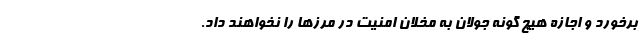
برخورد و اجازه هیچ گونه جولان به مخلان امنیت در مرزها را نخواهند داد.